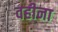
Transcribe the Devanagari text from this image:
वहीना